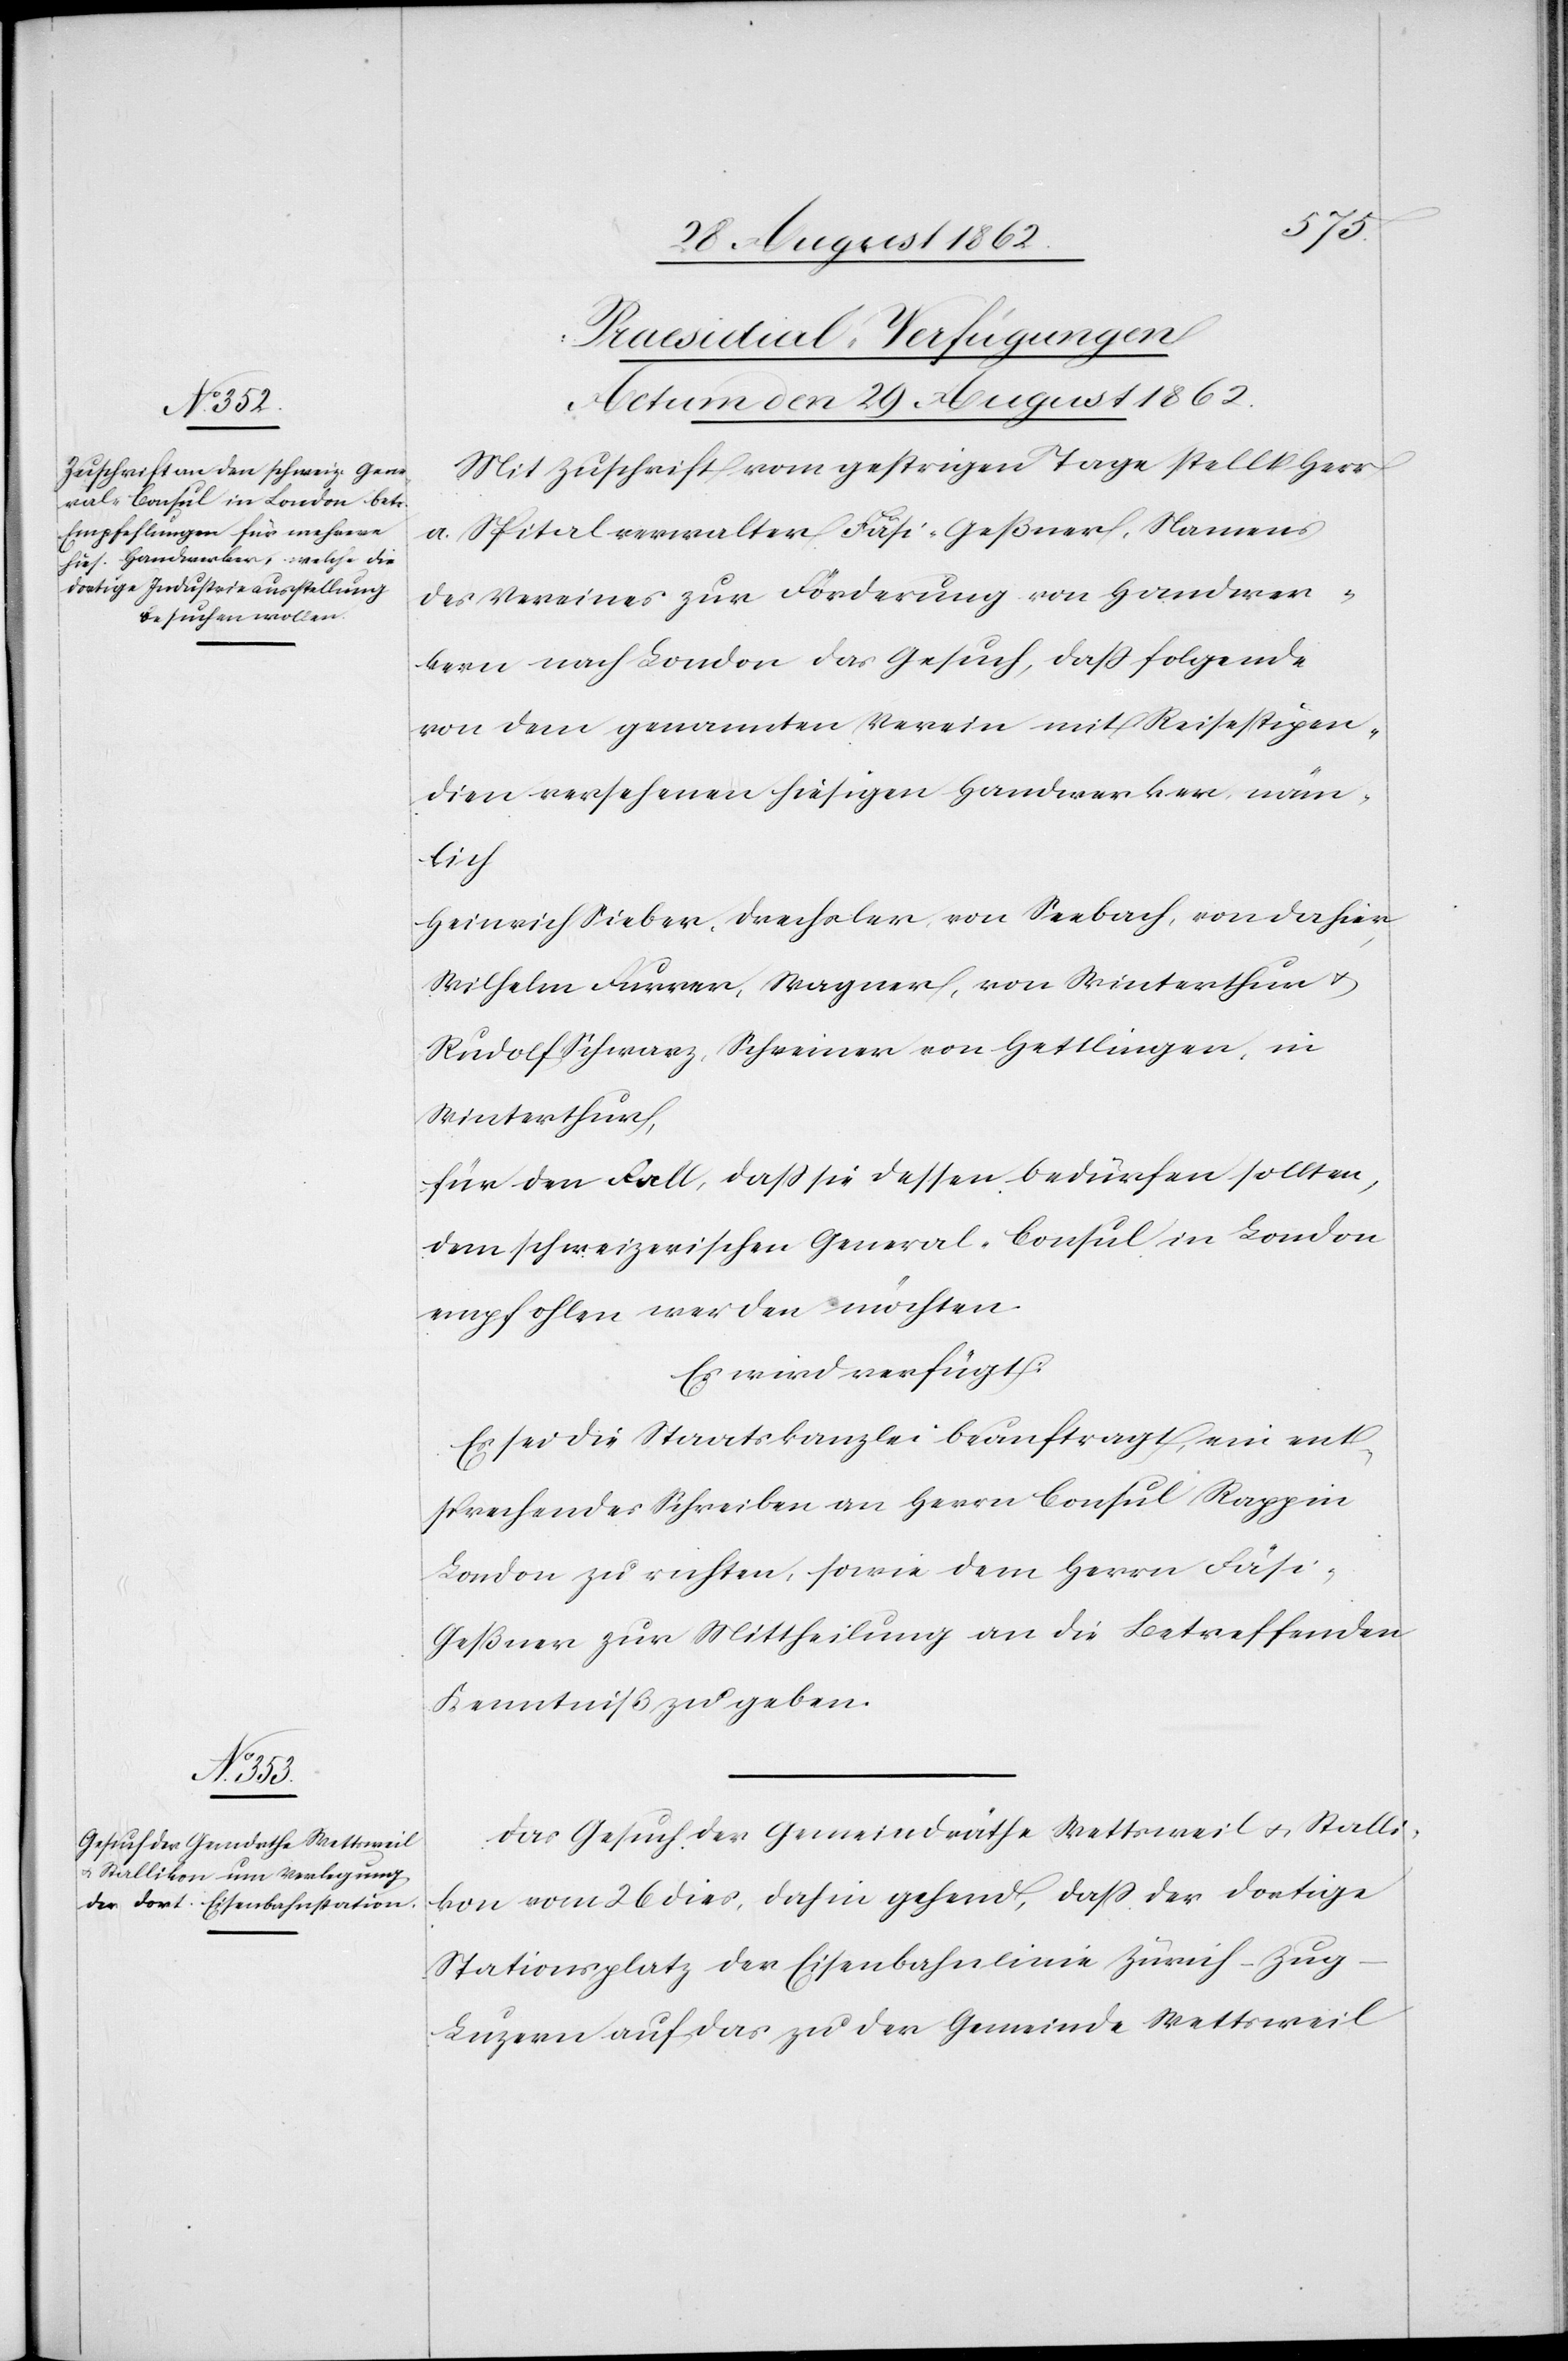
[Praesidial-Verfügungen
Actum den 29. August 1862.]
Mit Zuschrift vom gestrigen Tage stellt Herr
a. Spitalverwalter Fäsi-Geßner, Namens
des Vereines zur Förderung von Handwer¬
kern nach London das Gesuch, daß folgende
von dem genannten Verein mit Reisestipen¬
dien versehenen hiesigen Handwerker, näm¬
lich
Heinrich Sieber, Drechsler, von Seebach, von dahier,
Wilhelm Furrer, Wagner, von Winterthur u.
Rudolf Schwarz, Schreiner von Hettlingen, in
Winterthur,
für den Fall, daß sie dessen bedürfen sollten,
dem schweizerischen General-Consul in London
empfohlen werden möchten.
Es wird verfügt:
Es sei die Staatskanzlei beauftragt, ein ent¬
sprechendes Schreiben an Herrn Consul Rapp in
London zu richten, sowie dem Herrn Fäsi-G¬
eßner zur Mittheilung an die Betreffenden
Kenntniß zu geben.
Das Gesuch der Gemeindräthe Wettsweil u. Stalli¬
kon vom 26. dies, dahin gehend, daß der dortige
Stationsplatz der Eisenbahnlinie Zürich–Zug–L¬
uzern auf das zu der Gemeinde Wettsweil